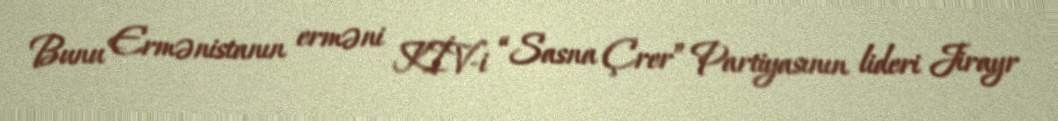
Bunu Ermənistanın erməni KİV-i “Sasna Çrer” Partiyasının lideri Jirayr